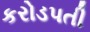
કરોડપતી